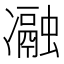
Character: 𭂧